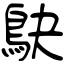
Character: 鴃